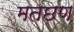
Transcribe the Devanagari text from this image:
मतछण